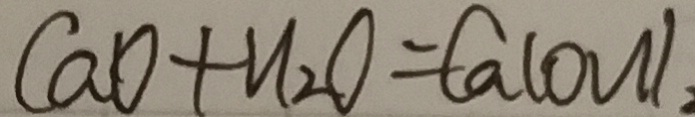
C a O + H _ { 2 } O = C a ( O N ) _ { 2 }